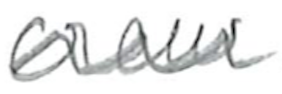
Text: crew
Cross-out: mix
Writing tool: pencil